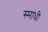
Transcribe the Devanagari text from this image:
स्माधी